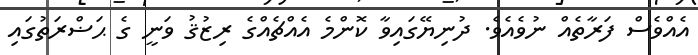
އެއްވެސް ފަރާތެއް ނުވެއެވެ. ދުނިޔޭގައިވާ ކޮންމެ އެއްޗެއްގެ ރިޒުޤު ވަނީ ގެ ޙަޟްރަތުގައި